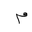
Letter: _mim